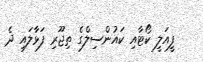
ފީއަލީ ކޯޓާއި ކައުންސިލްގެ ތިޖޫރި ފަޅާލައި ދެ